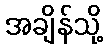
အချိန်သို့